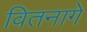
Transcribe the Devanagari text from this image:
वितनागे